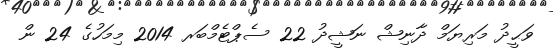
ވަޙީދު މަރިޔަމް ދާނިޝް ނަޝީދު 22 ސެޕްޓެމްބަރ 2014 މިމަހުގެ 24 ން